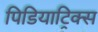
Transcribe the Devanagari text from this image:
पिडियाट्रिक्स